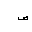
Letter: _sad